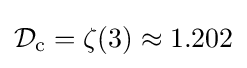
{\mathcal {D}}_{\text{c}}=\zeta (3)\approx 1.202